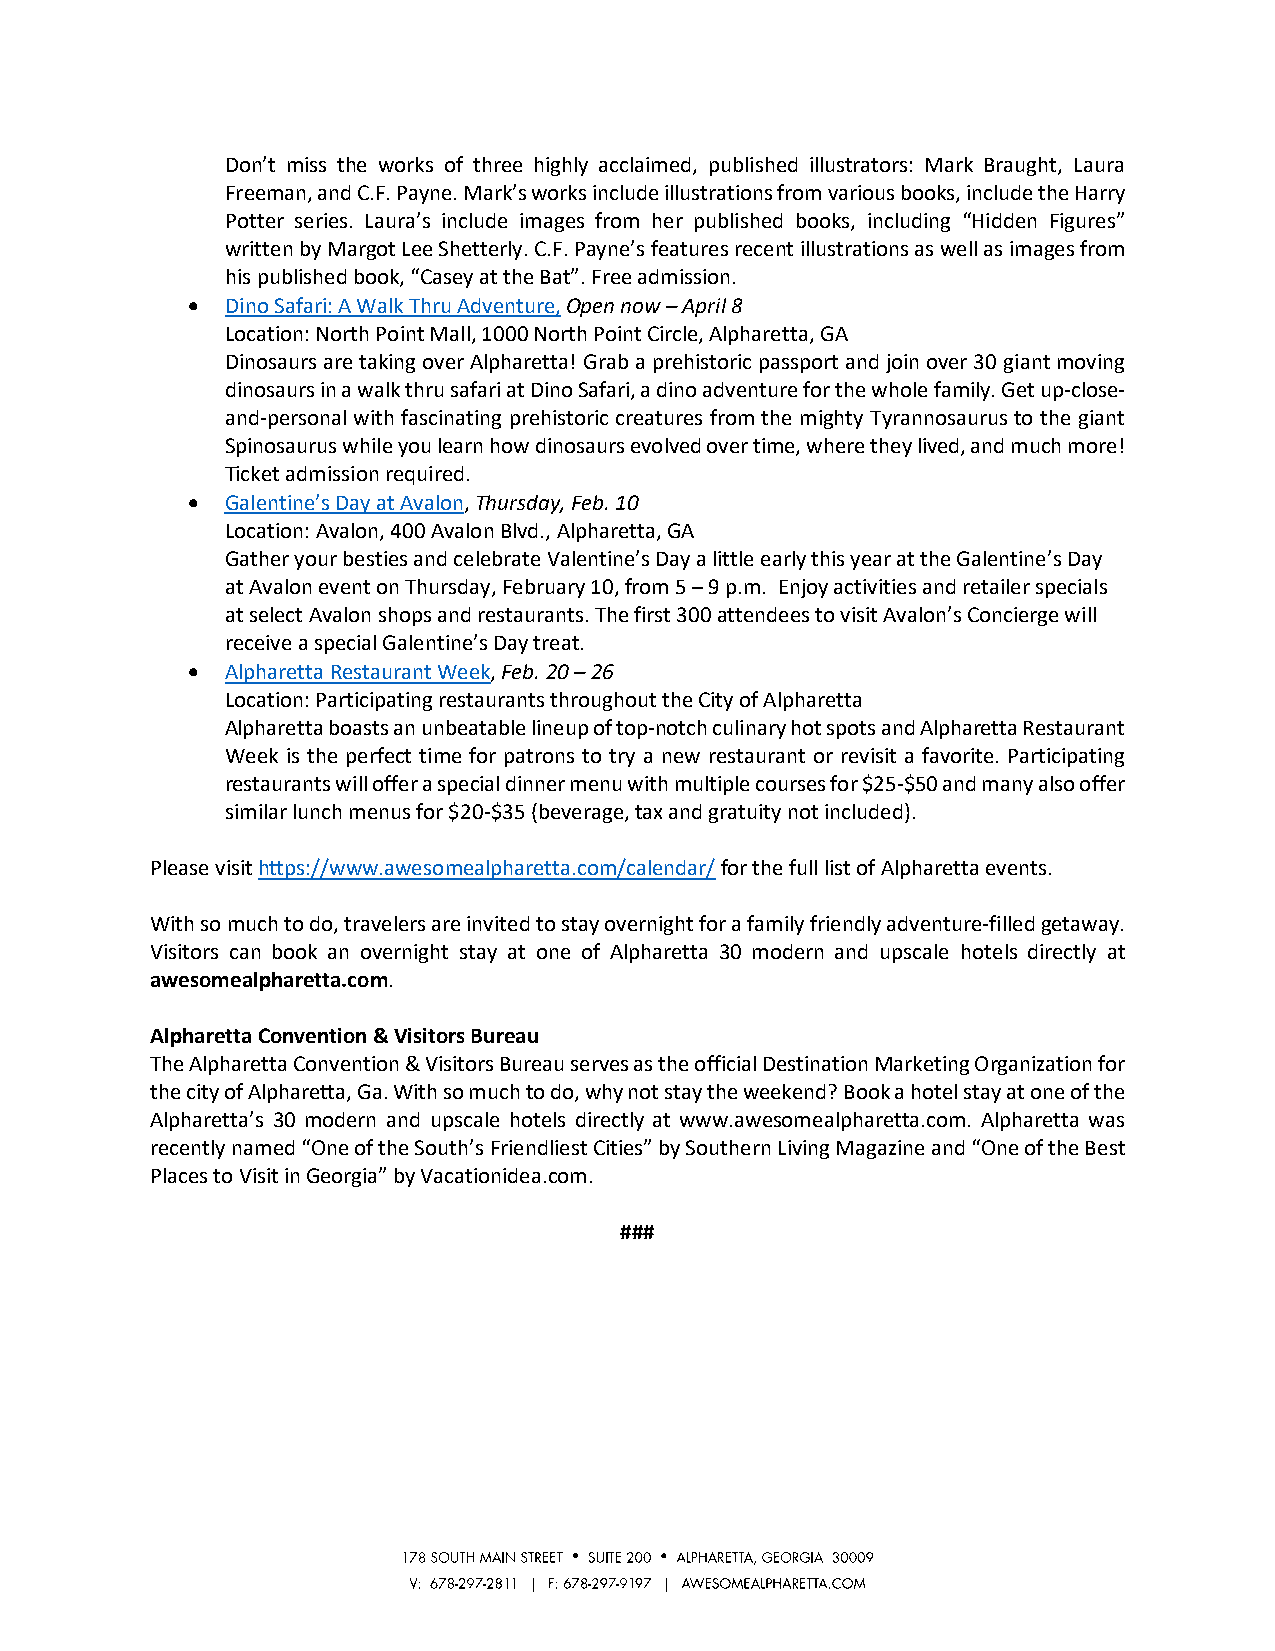
Don’t miss the works of three highly acclaimed, published illustrators: Mark Braught, Laura
 Freeman, and C.F. Payne. Mark’s works include illustrations from various books, include the Harry
 Potter series. Laura’s include images from her published books, including “Hidden Figures”
 written by Margot Lee Shetterly. C.F. Payne’s features recent illustrations as well as images from
 his published book, “Casey at the Bat”. Free admission.
 •  Dino Safari: A Walk Thru Adventure, Open now – April 8
 Location: North Point Mall, 1000 North Point Circle, Alpharetta, GA
 Dinosaurs are taking over Alpharetta! Grab a prehistoric passport and join over 30 giant moving
 dinosaurs in a walk thru safari at Dino Safari, a dino adventure for the whole family. Get up-close-
 and-personal with fascinating prehistoric creatures from the mighty Tyrannosaurus to the giant
 Spinosaurus while you learn how dinosaurs evolved over time, where they lived, and much more!
 Ticket admission required.
 •  Galentine’s Day at Avalon, Thursday, Feb. 10
 Location: Avalon, 400 Avalon Blvd., Alpharetta, GA
 Gather your besties and celebrate Valentine’s Day a little early this year at the Galentine’s Day
 at Avalon event on Thursday, February 10, from 5 – 9 p.m. Enjoy activities and retailer specials
 at select Avalon shops and restaurants. The first 300 attendees to visit Avalon’s Concierge will
 receive a special Galentine’s Day treat.
 •  Alpharetta Restaurant Week, Feb. 20 – 26
 Location: Participating restaurants throughout the City of Alpharetta
 Alpharetta boasts an unbeatable lineup of top-notch culinary hot spots and Alpharetta Restaurant
 Week is the perfect time for patrons to try a new restaurant or revisit a favorite. Participating
 restaurants will offer a special dinner menu with multiple courses for $25-$50 and many also offer
 similar lunch menus for $20-$35 (beverage, tax and gratuity not included).
 Please visit https://www.awesomealpharetta.com/calendar/ for the full list of Alpharetta events.
 With so much to do, travelers are invited to stay overnight for a family friendly adventure-filled getaway.
 Visitors can book an overnight stay at one of Alpharetta 30 modern and upscale hotels directly at
 awesomealpharetta.com.
 Alpharetta Convention & Visitors Bureau
 The Alpharetta Convention & Visitors Bureau serves as the official Destination Marketing Organization for
 the city of Alpharetta, Ga. With so much to do, why not stay the weekend? Book a hotel stay at one of the
 Alpharetta’s 30 modern and upscale hotels directly at www.awesomealpharetta.com. Alpharetta was
 recently named “One of the South’s Friendliest Cities” by Southern Living Magazine and “One of the Best
 Places to Visit in Georgia” by Vacationidea.com.
 ###